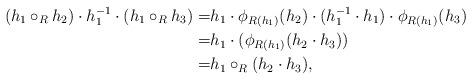
LaTeX: \begin{align*}(h_1 \circ_R h_2) \cdot h_1^{-1} \cdot (h_1 \circ_R h_3)= & h_1 \cdot \phi_{R(h_1)}(h_2) \cdot (h_1^{-1} \cdot h_1) \cdot \phi_{R(h_1)}(h_3) \\= & h_1 \cdot (\phi_{R(h_1)}(h_2 \cdot h_3)) \\=& h_1 \circ_R(h_2 \cdot h_3),\end{align*}